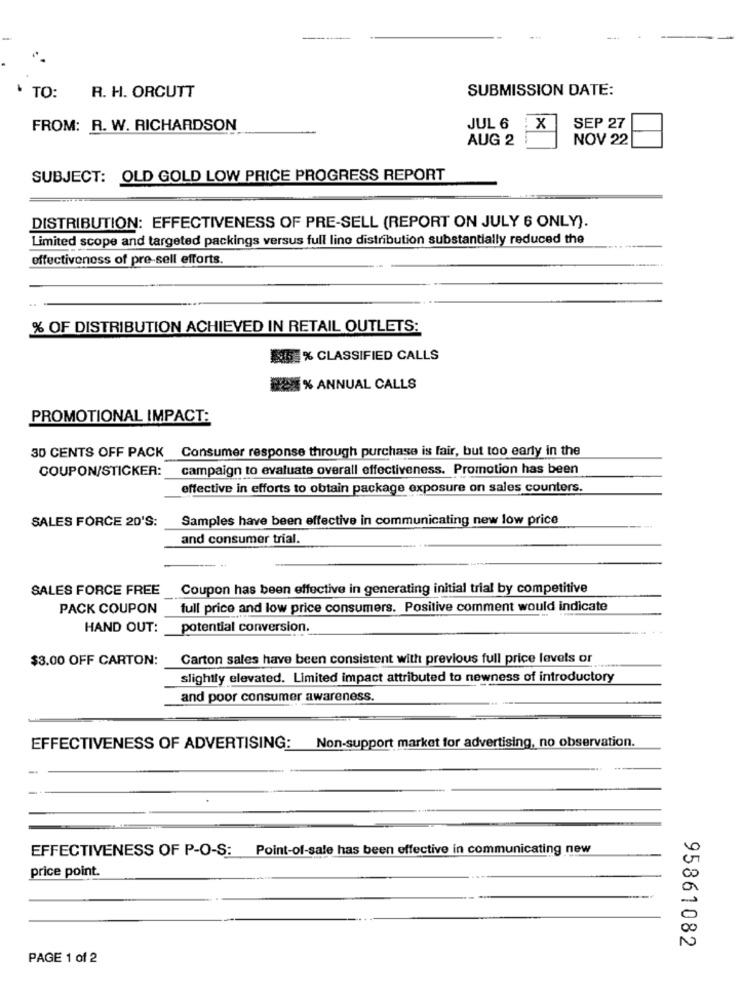
SUBMISSION DATE:
TO:
R. H. ORCUTT
FROM: R. W. RICHARDSON
JUL 6 :X
SEP 27
AUG 2
NOV 22
SUBJECT: OLD GOLD LOW PRICE PROGRESS REPORT
DISTRIBUTION: EFFECTIVENESS OF PRE-SELL (REPORT ON JULY 6 ONLY).
Limited scope and targeted packings versus full lino distribution substantially reduced the
effectiveness of pre-sell efforts.
% OF DISTRIBUTION ACHIEVED IN RETAIL OUTLETS:
5 % CLASSIFIED CALLS
BON% ANNUAL CALLS
PROMOTIONAL IMPACT:
30 CENTS OFF PACK Consumer response through purchase is fair, but too early in the
COUPON/STICKER:
campaign to evaluate overall effectiveness. Promotion has been
effective in efforts to obtain package exposure on sales counters.
SALES FORCE 20'S:
Samples have been effective in communicating new low price
and consumer trial.
-----. +
SALES FORCE FREE
Coupon has been effective in generating initial trial by competitive
PACK COUPON
full price and low price consumers. Positive comment would indicate
HAND OUT:
potential conversion.
$3.00 OFF CARTON:
Carton sales have been consistent with previous full price levels or
slightly elevated. Limited impact attributed to newness of introductory
and poor consumer awareness.
EFFECTIVENESS OF ADVERTISING: Non-support market for advertising, no observation.
EFFECTIVENESS OF P-O-S: Point-of-sale has been effective in communicating new
price point.
95861082
PAGE 1 of 2